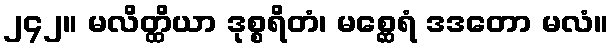
၂၄၂။ မလိတ္ထိယာ ဒုစ္စရိတံ၊ မစ္ဆေရံ ဒဒတော မလံ။